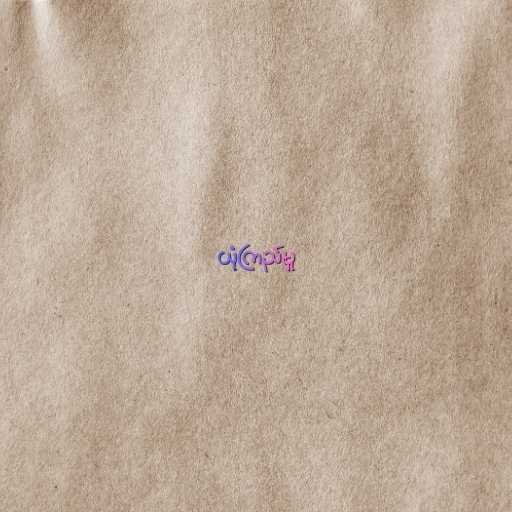
ယုံကြည်မှု